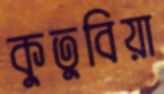
কুতুবিয়া